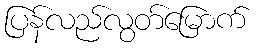
ပြန်လည်လွတ်မြောက်